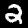
Label: 2